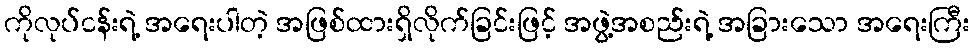
ကိုလုပ်ငန်းရဲ့ အရေးပါတဲ့ အဖြစ်ထားရှိလိုက်ခြင်းဖြင့် အဖွဲ့အစည်းရဲ့ အခြားသော အရေးကြီး